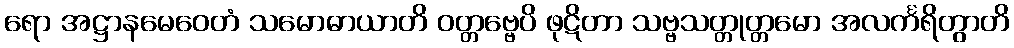
ရော အဋ္ဌာနမေဝေတံ သမောဓာယာတိ ဝတ္တဗ္ဗေပိ ဖုဋိတာ သဗ္ဗသတ္တုတ္တမော အလင်္ကရိတွာတိ